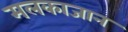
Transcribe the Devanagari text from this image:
मलकाजान